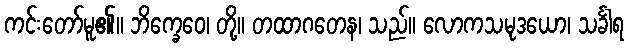
ကင်းတော်မူ၏။ ဘိက္ခေဝေ၊ တို့။ တထာဂတေန၊ သည်။ လောကသမုဒယော၊ သင်္ခါရ